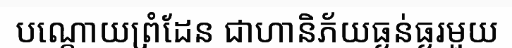
បណ្តោយព្រំដែន ជាហានិភ័យធ្ងន់ធ្ងរមួយ